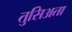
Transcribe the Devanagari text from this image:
तुसिअता